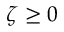
\zeta \geq 0